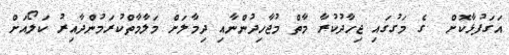
އަގަފުޅާކޮށް  ގެ މަގުގައި ޖިހާދުކުރާ މާތް މުޖާހިދުންނާއި ދިމާލަށް މަލާމާތްކުރަމުންދާއިރު ކަލޯއަށް